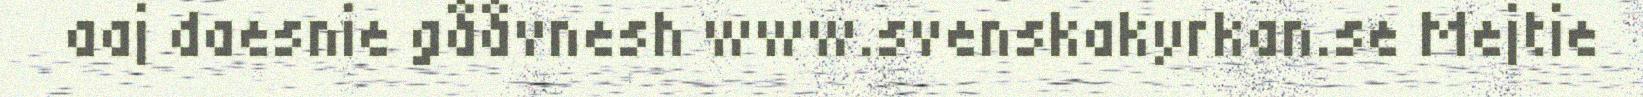
aaj daesnie gååvnesh www.svenskakyrkan.se Mejtie